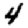
Digit: 4